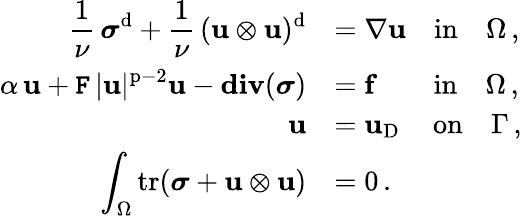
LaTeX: \begin{array}{rl}{\displaystyle\frac{1}{\nu}\, {\boldsymbol\sigma}^{\mathrm{d}}+\frac{1}{\nu}\, (\mathbf{u}\otimes\mathbf{u})^{\mathrm{d}}}&{=\nabla\mathbf{u}\quad\mathrm{in}\quad\Omega\, ,}\\ {\displaystyle\alpha\, \mathbf{u}+\mathtt{F}\, |\mathbf{u}|^{\mathrm{p}-2}\mathbf{u}-\mathbf{div}({\boldsymbol\sigma})}&{=\mathbf{f}\quad\, \, \, \, \, \, \mathrm{in}\quad\Omega\, ,}\\ {\mathbf{u}}&{=\mathbf{u}_{\mathrm{D}}\quad\, \mathrm{on}\quad\Gamma\, ,}\\ {\displaystyle\int_{\Omega}\mathrm{tr}({\boldsymbol\sigma}+\mathbf{u}\otimes\mathbf{u})}&{=0\, .}\end{array}